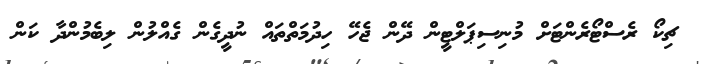
ޗިކޯ ރެސްޓޯރެންޓަށް މުނިސިޕަލްޓީން ދޭން ޖެހޭ ހިދުމަތްތައް ނުދީގެން ގެއްލުން ލިބެމުންދާ ކަން